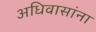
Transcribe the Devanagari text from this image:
अधिवासांना